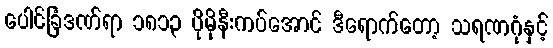
ပေါင်ခြံဒဏ်ရာ ၁၈၁၃ ပိုမိုနီးကပ်အောင် ဒီရောက်တော့ သရဏဂုံနှင့်